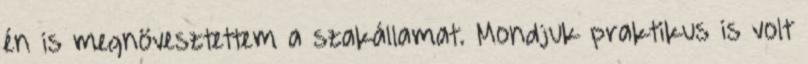
én is megnövesztettem a szakállamat. Mondjuk praktikus is volt